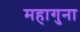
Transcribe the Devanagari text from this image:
महागुना